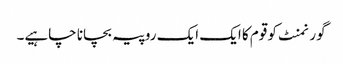
گورنمنٹ کو قوم کا ایک ایک روپیہ بچانا چاہیے۔